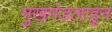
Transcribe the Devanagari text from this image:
मुखमंडलाहून